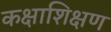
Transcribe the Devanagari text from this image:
कक्षाशिक्षण